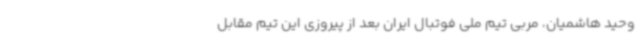
وحید هاشمیان، مربی تیم ملی فوتبال ایران بعد از پیروزی این تیم مقابل